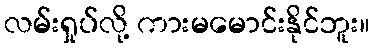
လမ်းရှုပ်လို့ ကားမမောင်းနိုင်ဘူး။